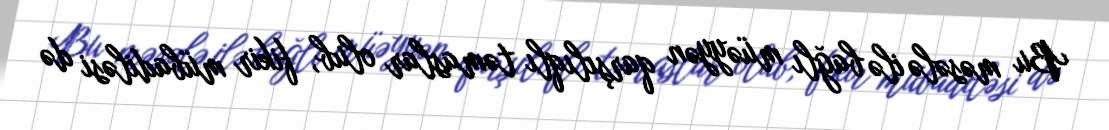
Bu məsələ ilə bağlı müəyyən qarşılıqlı təmaslar olub, fikir mübadiləsi də